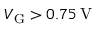
V _ { \mathrm { G } } > 0 . 7 5 \: \mathrm { V }